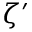
\zeta ^ { \prime }